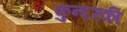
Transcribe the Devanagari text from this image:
कुन्‍दरकी